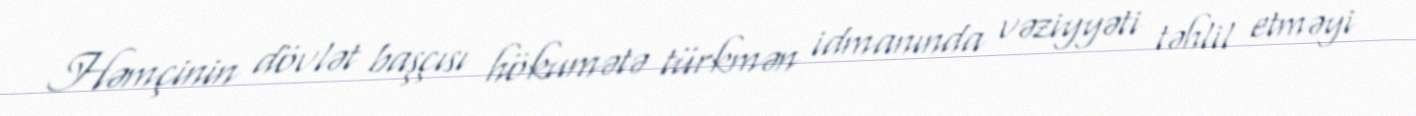
Həmçinin dövlət başçısı hökumətə türkmən idmanında vəziyyəti təhlil etməyi